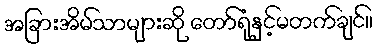
အခြားအိမ်သာများဆို တော်ရုံနှင့်မတက်ချင်။